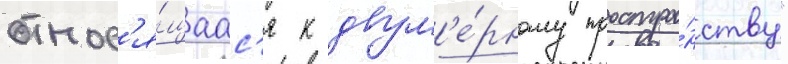
относ'я́щаас'я к двум'е́рному простра́нству"